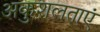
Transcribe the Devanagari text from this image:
अकुशलताएं